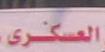
العسكرى